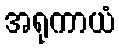
အရုကာယံ